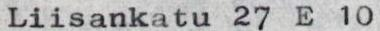
Liisankatu 27 E 10